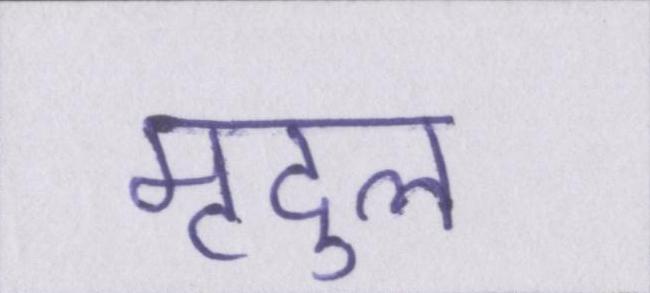
मृदुल